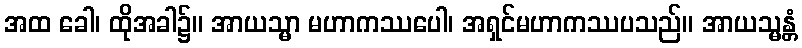
အထ ခေါ၊ ထိုအခါ၌။ အာယသ္မာ မဟာကဿပေါ၊ အရှင်မဟာကဿပသည်။ အာယသ္မန္တံ